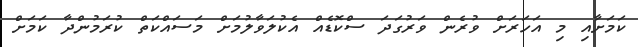
ކަމަށާއި މި އަހަރަށް ވުރެން ވަރުގަދަ ސްކޮޑެއް އެކުލަވާލުމަށް މަސައްކަތް ކުރަމުންދާ ކަމަށް